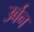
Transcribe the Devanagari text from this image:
उर्बन